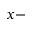
x -